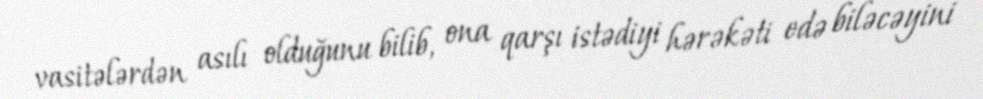
vasitələrdən asılı olduğunu bilib, ona qarşı istədiyi hərəkəti edə biləcəyini